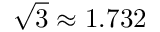
{ \sqrt { 3 } } \approx 1 . 7 3 2